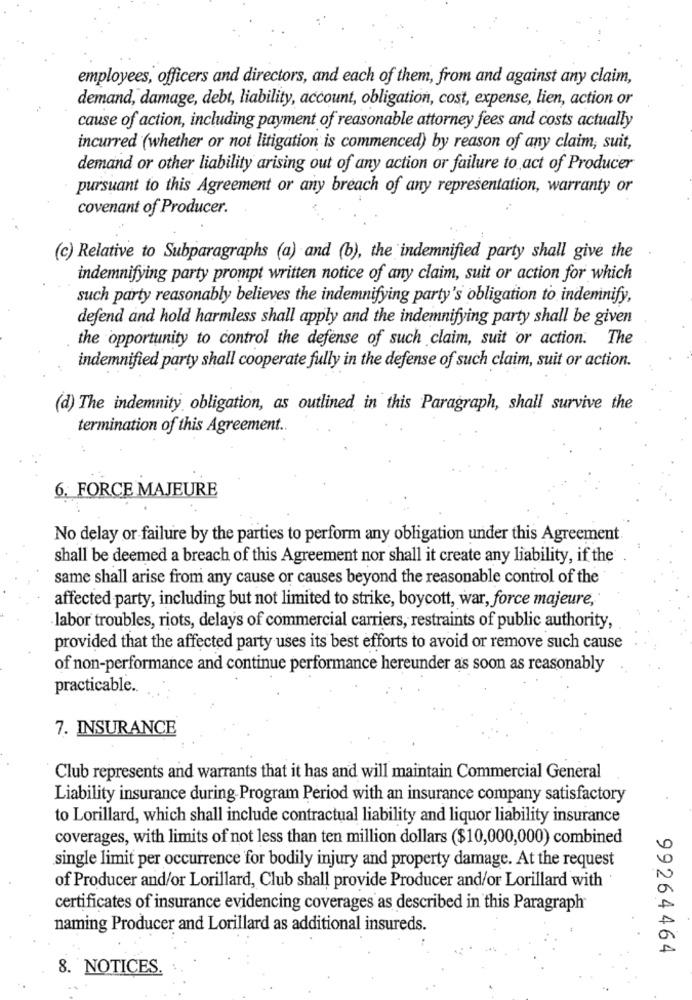
employees, officers and directors, and each of them, from and against any claim,
demand, damage, debt, liability, account, obligation, cost, expense, lien, action or
cause of action, including payment of reasonable attorney fees and costs actually
incurred (whether or not litigation is commenced) by reason of any claim, suit,
demand or other liability arising out of any action or failure to act of Producer
pursuant to this Agreement or any breach of any representation, warranty or
covenant of Producer.
(c) Relative to Subparagraphs (a) and (b), the indemnified party shall give the
indemnifying party prompt written notice of any claim, suit or action for which
such party reasonably believes the indemnifying party's obligation to indemnify,
defend and hold harmless shall apply and the indemnifying party shall be given
the opportunity to control the defense of such claim, suit or action. The
indemnified party shall cooperate fully in the defense of such claim, suit or action.
(d) The indemnity obligation, as outlined in this Paragraph, shall survive the
termination of this Agreement ..
6. FORCE MAJEURE
No delay or failure by the parties to perform any obligation under this Agreement.
shall be deemed a breach of this Agreement nor shall it create any liability, if the
same shall arise from any cause or causes beyond the reasonable control of the
affected party, including but not limited to strike, boycott, war, force majeure,'
labor troubles, riots, delays of commercial carriers, restraints of public authority,
provided that the affected party uses its best efforts to avoid or remove such cause
of non-performance and continue performance hereunder as soon as reasonably
practicable ..
7. INSURANCE
Club represents and warrants that it has and will maintain Commercial General
Liability insurance during-Program Period with an insurance company satisfactory
to Lorillard, which shall include contractual liability and liquor liability insurance
coverages, with limits of not less than ten million dollars ($10,000,000) combined
single limit per occurrence for bodily injury and property damage. At the request
of Producer and/or Lorillard, Club shall provide Producer and/or Lorillard with
certificates of insurance evidencing coverages as described in this Paragraph
naming Producer and Lorillard as additional insureds.
99264464
8. NOTICES.